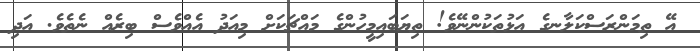
އޭ ތިމަންރަސްކަލާނގެ އަޅުތަކުންނޭވެ! ތިޔަބައިމީހުންގެ މައްޗަކަށް މިއަދު އެއްވެސް ބިރެއް ނެތެވެ. އަދި